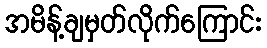
အမိန့်ချမှတ်လိုက်ကြောင်း